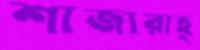
শাজারাহ্